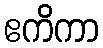
ဧကိကာ